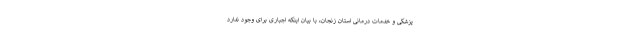
پزشکی و خدمات درمانی استان زنجان، با بیان اینکه اجباری برای وجود ندارد